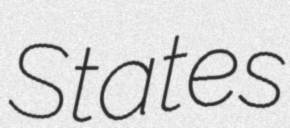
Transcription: States